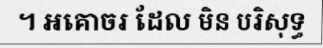
។ អគោចរ ដែល មិន បរិសុទ្ធ